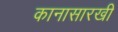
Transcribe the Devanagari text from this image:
कानासारखी